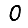
Digit: 0